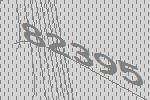
82395